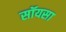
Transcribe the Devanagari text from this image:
सॉयसा